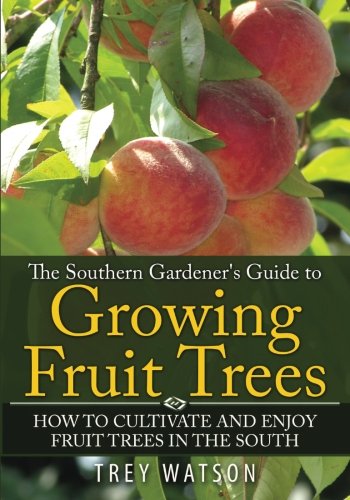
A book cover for The Southern Gardener's Guide to Growing Fruit Trees: How to Cultivate and Enjoy Fruit Trees in the South; Trey Watson; Crafts, Hobbies & Home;